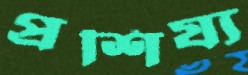
প্রশিয্য